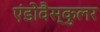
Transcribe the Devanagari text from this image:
एंडोवैस्कुलर